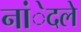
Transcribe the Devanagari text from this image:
नांेदले